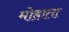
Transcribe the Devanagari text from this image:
मोहाता